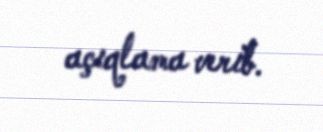
açıqlama verib.